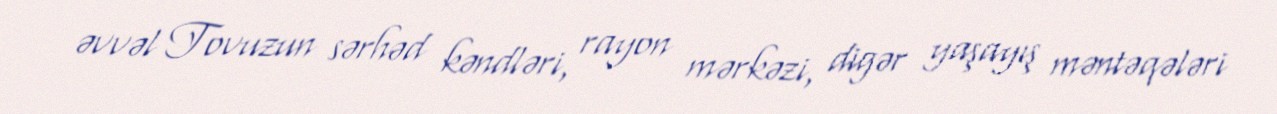
əvvəl Tovuzun sərhəd kəndləri, rayon mərkəzi, digər yaşayış məntəqələri